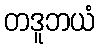
တဒူဘယံ